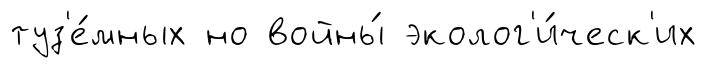
туз'е́мных но войны́ эколог'и́ческ'их